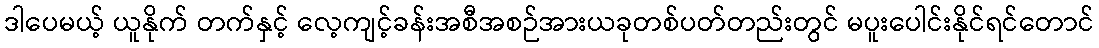
ဒါပေမယ့် ယူနိုက် တက်နှင့် လေ့ကျင့်ခန်းအစီအစဉ်အားယခုတစ်ပတ်တည်းတွင် မပူးပေါင်းနိုင်ရင်တောင်